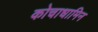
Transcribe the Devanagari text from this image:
कोचाधामिन